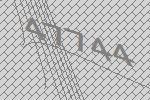
47744